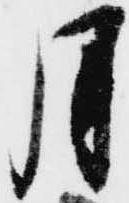
月